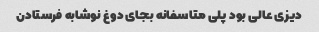
دیزی عالی بود پلی متاسفانه بجای دوغ نوشابه فرستادن